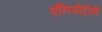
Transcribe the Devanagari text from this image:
एनिसोट्रोफी